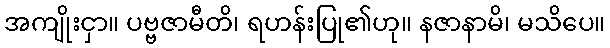
အကျိုးငှာ။ ပဗ္ဗဇာမီတိ၊ ရဟန်းပြု၏ဟု။ နဇာနာမိ၊ မသိပေ။